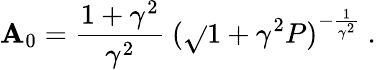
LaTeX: \mathbf{A}_{0}=\frac{{1+\gamma^{2}}}{{\gamma^{2}}}\ (\sqrt{}{{1+\gamma^{2}}}P)^{-\frac{{1}}{{\gamma^{2}}}}\ .